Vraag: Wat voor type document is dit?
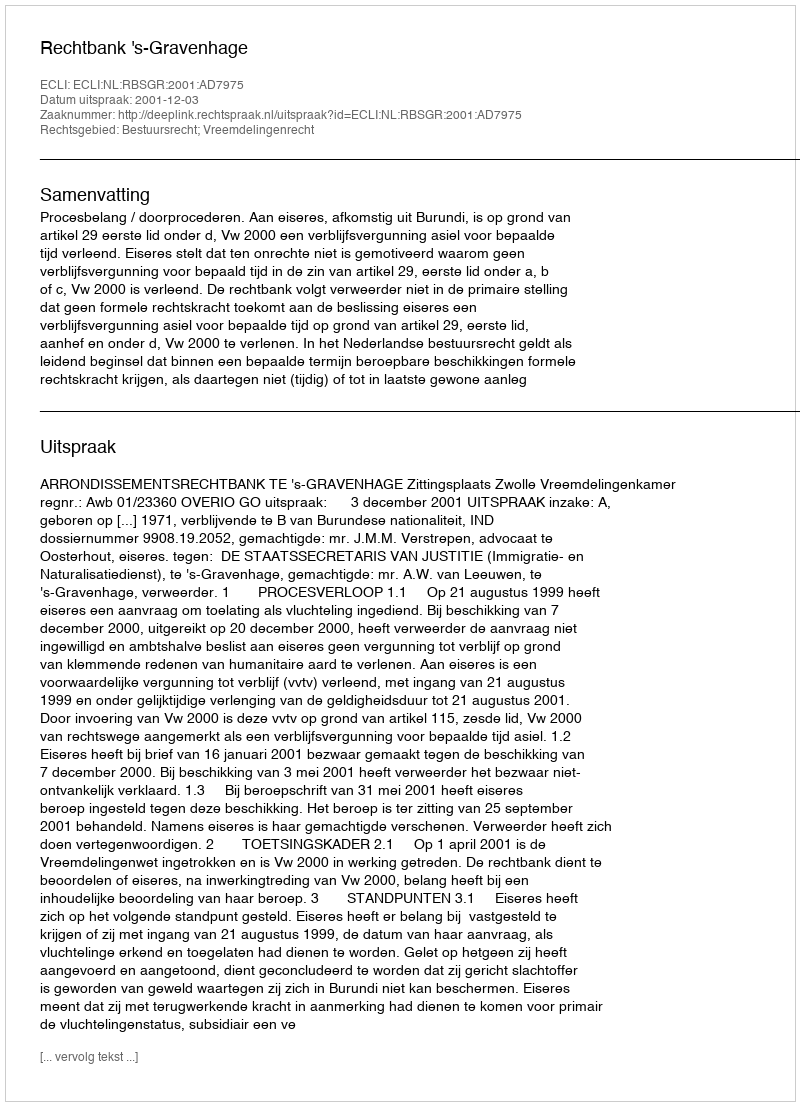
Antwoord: Uitspraak